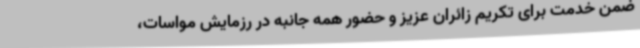
ضمن خدمت برای تکریم زائران عزیز و حضور همه جانبه در رزمایش مواسات،